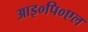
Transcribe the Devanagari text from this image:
आइ०पि०एल